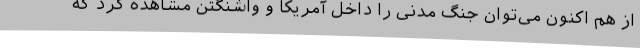
از هم اکنون می‌توان جنگ مدنی را داخل آمریکا و واشنگتن مشاهده کرد که